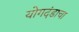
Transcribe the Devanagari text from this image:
योगदंडाचा